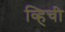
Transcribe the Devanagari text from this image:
व्हिची